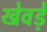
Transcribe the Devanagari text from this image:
खेवड़े